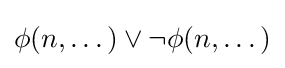
\phi (n,\dots )\lor \neg \phi (n,\dots )